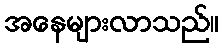
အနေများလာသည်။